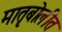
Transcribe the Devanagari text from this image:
मातृबोलीत